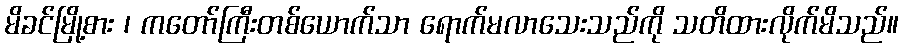
မိခင်မြို့စား ၊ ကတော်ကြီးတစ်ယောက်သာ ရောက်မလာသေးသည်ကို သတိထားလိုက်မိသည်။